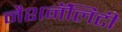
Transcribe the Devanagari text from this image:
नैशनॅलिटी